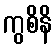
ကွစိနိ